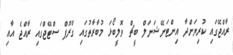
ރާއްޖޭގައި ކުރިޔަށްދާ އިންޓަނޭޝަނަލް ބީޗް ވޮލީބޯޅަ މުބާރާތުގައި ގްރޫޕް ސްޓޭޖްގައި ރާއްޖެ އާއި